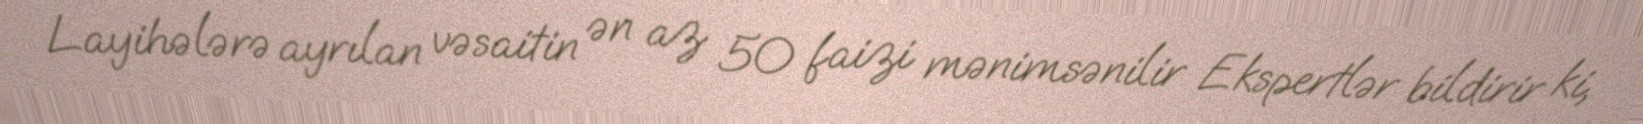
Layihələrə ayrılan vəsaitin ən az 50 faizi mənimsənilir Ekspertlər bildirir ki,